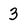
Character: 3